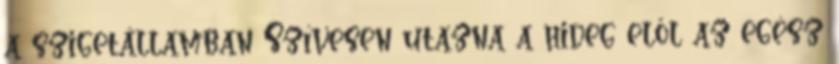
a szigetállamban Szívesen utazna a hideg elől az egész